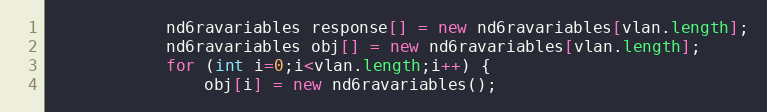
Language: Java
			nd6ravariables response[] = new nd6ravariables[vlan.length];
			nd6ravariables obj[] = new nd6ravariables[vlan.length];
			for (int i=0;i<vlan.length;i++) {
				obj[i] = new nd6ravariables();